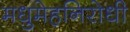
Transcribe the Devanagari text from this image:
मधुमेहनिरोधी